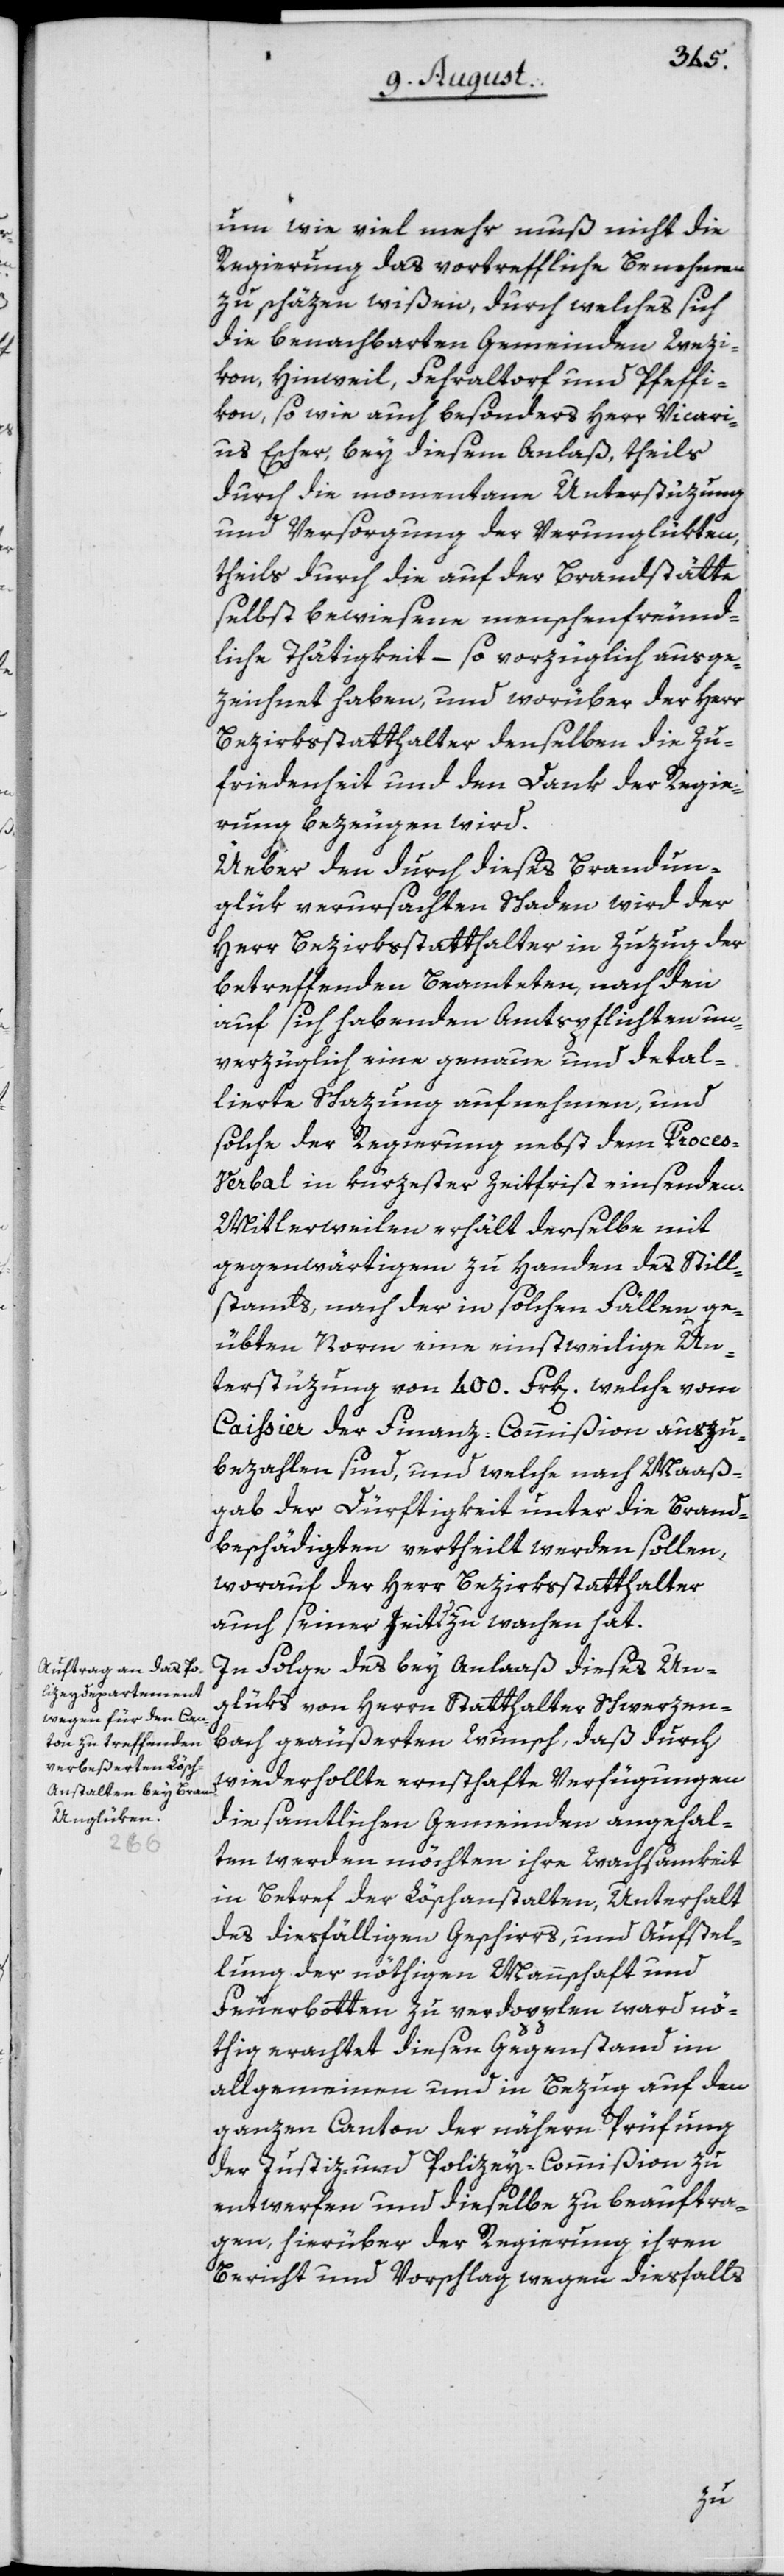
um wie viel mehr muß nicht die
Regierung das vortreffliche Benehmen
zu schäzen wißen, durch welches sich
die benachbarten Gemeinden Wezi¬
kon, Hinweil, Fehraltorf und Pfeffi¬
kon, so wie auch besonders Herr Vicari¬
us Escher, bey diesem Anlaß, theils
durch die momentane Unterstüzung
und Versorgung der Verunglükten,
theils durch die auf der Brandstätte
selbst bewiesene menschenfreund¬
liche Thätigkeit – so vorzüglich ausge¬
zeichnet haben, und worüber der Herr
Bezirksstatthalter denselben die Zu¬
friedenheit und den Dank der Regie¬
rung bezeugen wird.
Über den durch dieses Brandun¬
glük verursachten Schaden wird der
Herr Bezirksstatthalter in Zuzug der
betreffenden Beamteten, nach den
auf sich habenden Amtspflichten un¬
verzüglich eine genaue und detal¬
lierte Schazung aufnehmen, und
solche der Regierung nebst dem Proces-V¬
erbal in kürzester Zeitfrist einsenden.
Mittlerweilen erhält derselbe mit
gegenwärtigem zu Handen des Still¬
stands, nach der in solchen Fällen ge¬
übten Norm eine einstweilige Un¬
terstüzung von 400. Frk[en]. welche vom
Caissier der Finanz-Commißion auszu¬
bezahlen sind, und welche nach Maaß¬
gab der Dürftigkeit unter die Brand¬
beschädigten vertheilt werden sollen,
worauf der Herr Bezirksstatthalter
auch seiner [?s]eit[?s] zu wachen hat.
In Folge des bey Anlaaß dieses Un¬
glüks von Herrn Statthalter Schwerzen¬
bach geäußerten Wunsch, daß durch
wiederhollte ernsthafte Verfügungen
die samtlichen Gemeinden angehal¬
ten werden möchten ihre Wachsamkeit
in Betref der Löschanstalten, Unterhalt
des diesfälligen Geschirrs, und Aufstel¬
lung der nöthigen Mannschaft und
Feuerbotten zu verdopplen ward nö¬
thig erachtet diesen Gegenstand im
allgemeinen und in Bezug auf den
ganzen Canton der nähern Prüfung
der Justiz- und Polizey-Commißion zu
entwerfen und dieselbe zu beauftra¬
gen, hierüber der Regierung ihren
Bericht und Vorschlag wegen diesfalls